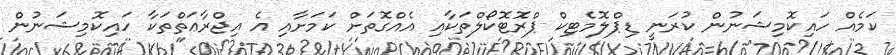
ކަމެއް ހައިކޮމިޝަނުން ކުރަނީ ޑިޕްލޮމެޓިކް ޕްރޮޓޮކޯލްތަކާއި އެއްގޮތަށް ކަމަށާއި އެ އިޖްރާޢަތްތަކާ ހައިކޮމިޝަނުން